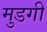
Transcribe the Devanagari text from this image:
मुडगी